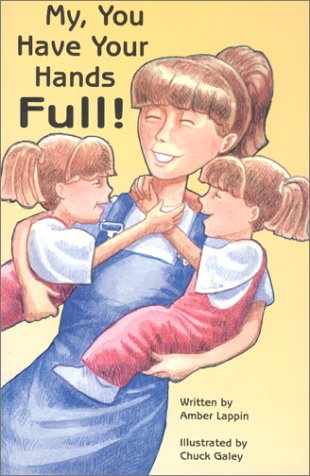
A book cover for My, You Have Your Hands Full; Amber Lappin; Parenting & Relationships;